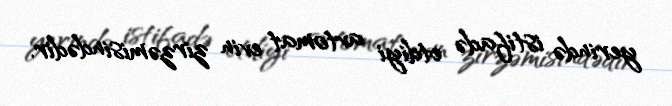
yerində istifadə etdiyi avtomat evin zirzəmisindədir.